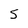
Character: 5